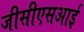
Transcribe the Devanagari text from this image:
जीसीएसआई